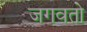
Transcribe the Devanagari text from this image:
जगवतो